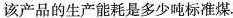
该产品的生产能耗是多少吨标准煤.